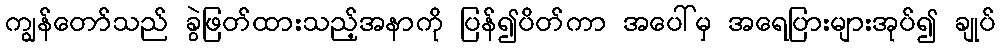
ကျွန်တော်သည် ခွဲဖြတ်ထားသည့်အနာကို ပြန်၍ပိတ်ကာ အပေါ်မှ အရေပြားများအုပ်၍ ချုပ်